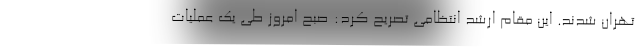
تهران شدند. این مقام ارشد انتظامی تصریح کرد: صبح امروز طی یک عملیات